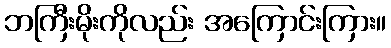
ဘကြီးမိုးကိုလည်း အကြောင်းကြား။